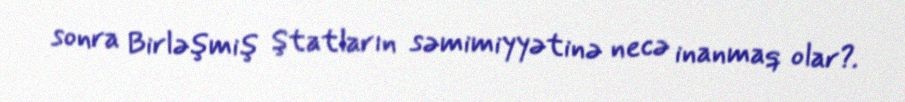
sonra Birləşmiş Ştatların səmimiyyətinə necə inanmaq olar?.